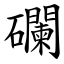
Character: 䃹